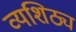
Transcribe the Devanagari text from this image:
व्यशिठ्य